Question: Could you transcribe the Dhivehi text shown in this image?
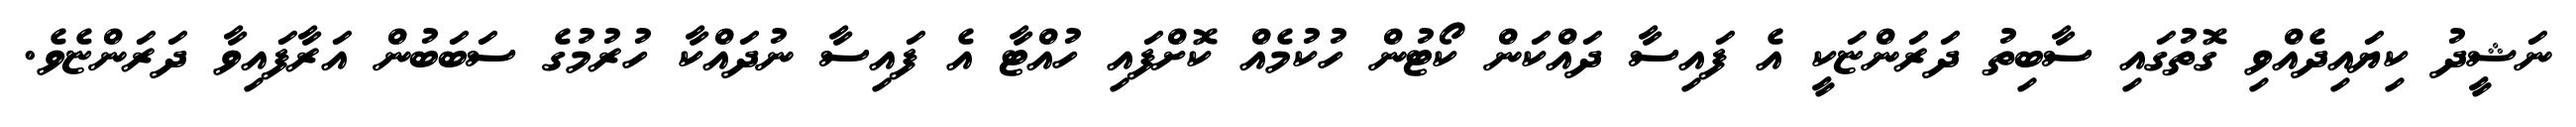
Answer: ނަޝީދު ކިޔައިދެއްވި ގޮތުގައި ސާބިތު ދަރަންޏަކީ އެ ފައިސާ ދައްކަން ކޯޓުން ހުކުމެއް ކޮށްފައި ހުއްޓާ އެ ފައިސާ ނުދައްކާ ހުރުމުގެ ސަބަބުން އަރާފައިވާ ދަރަންޏެވެ.